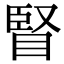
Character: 䁂